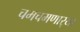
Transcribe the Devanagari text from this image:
चमचमणार्‍या